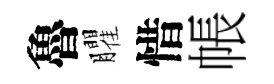
魯臞惜帳